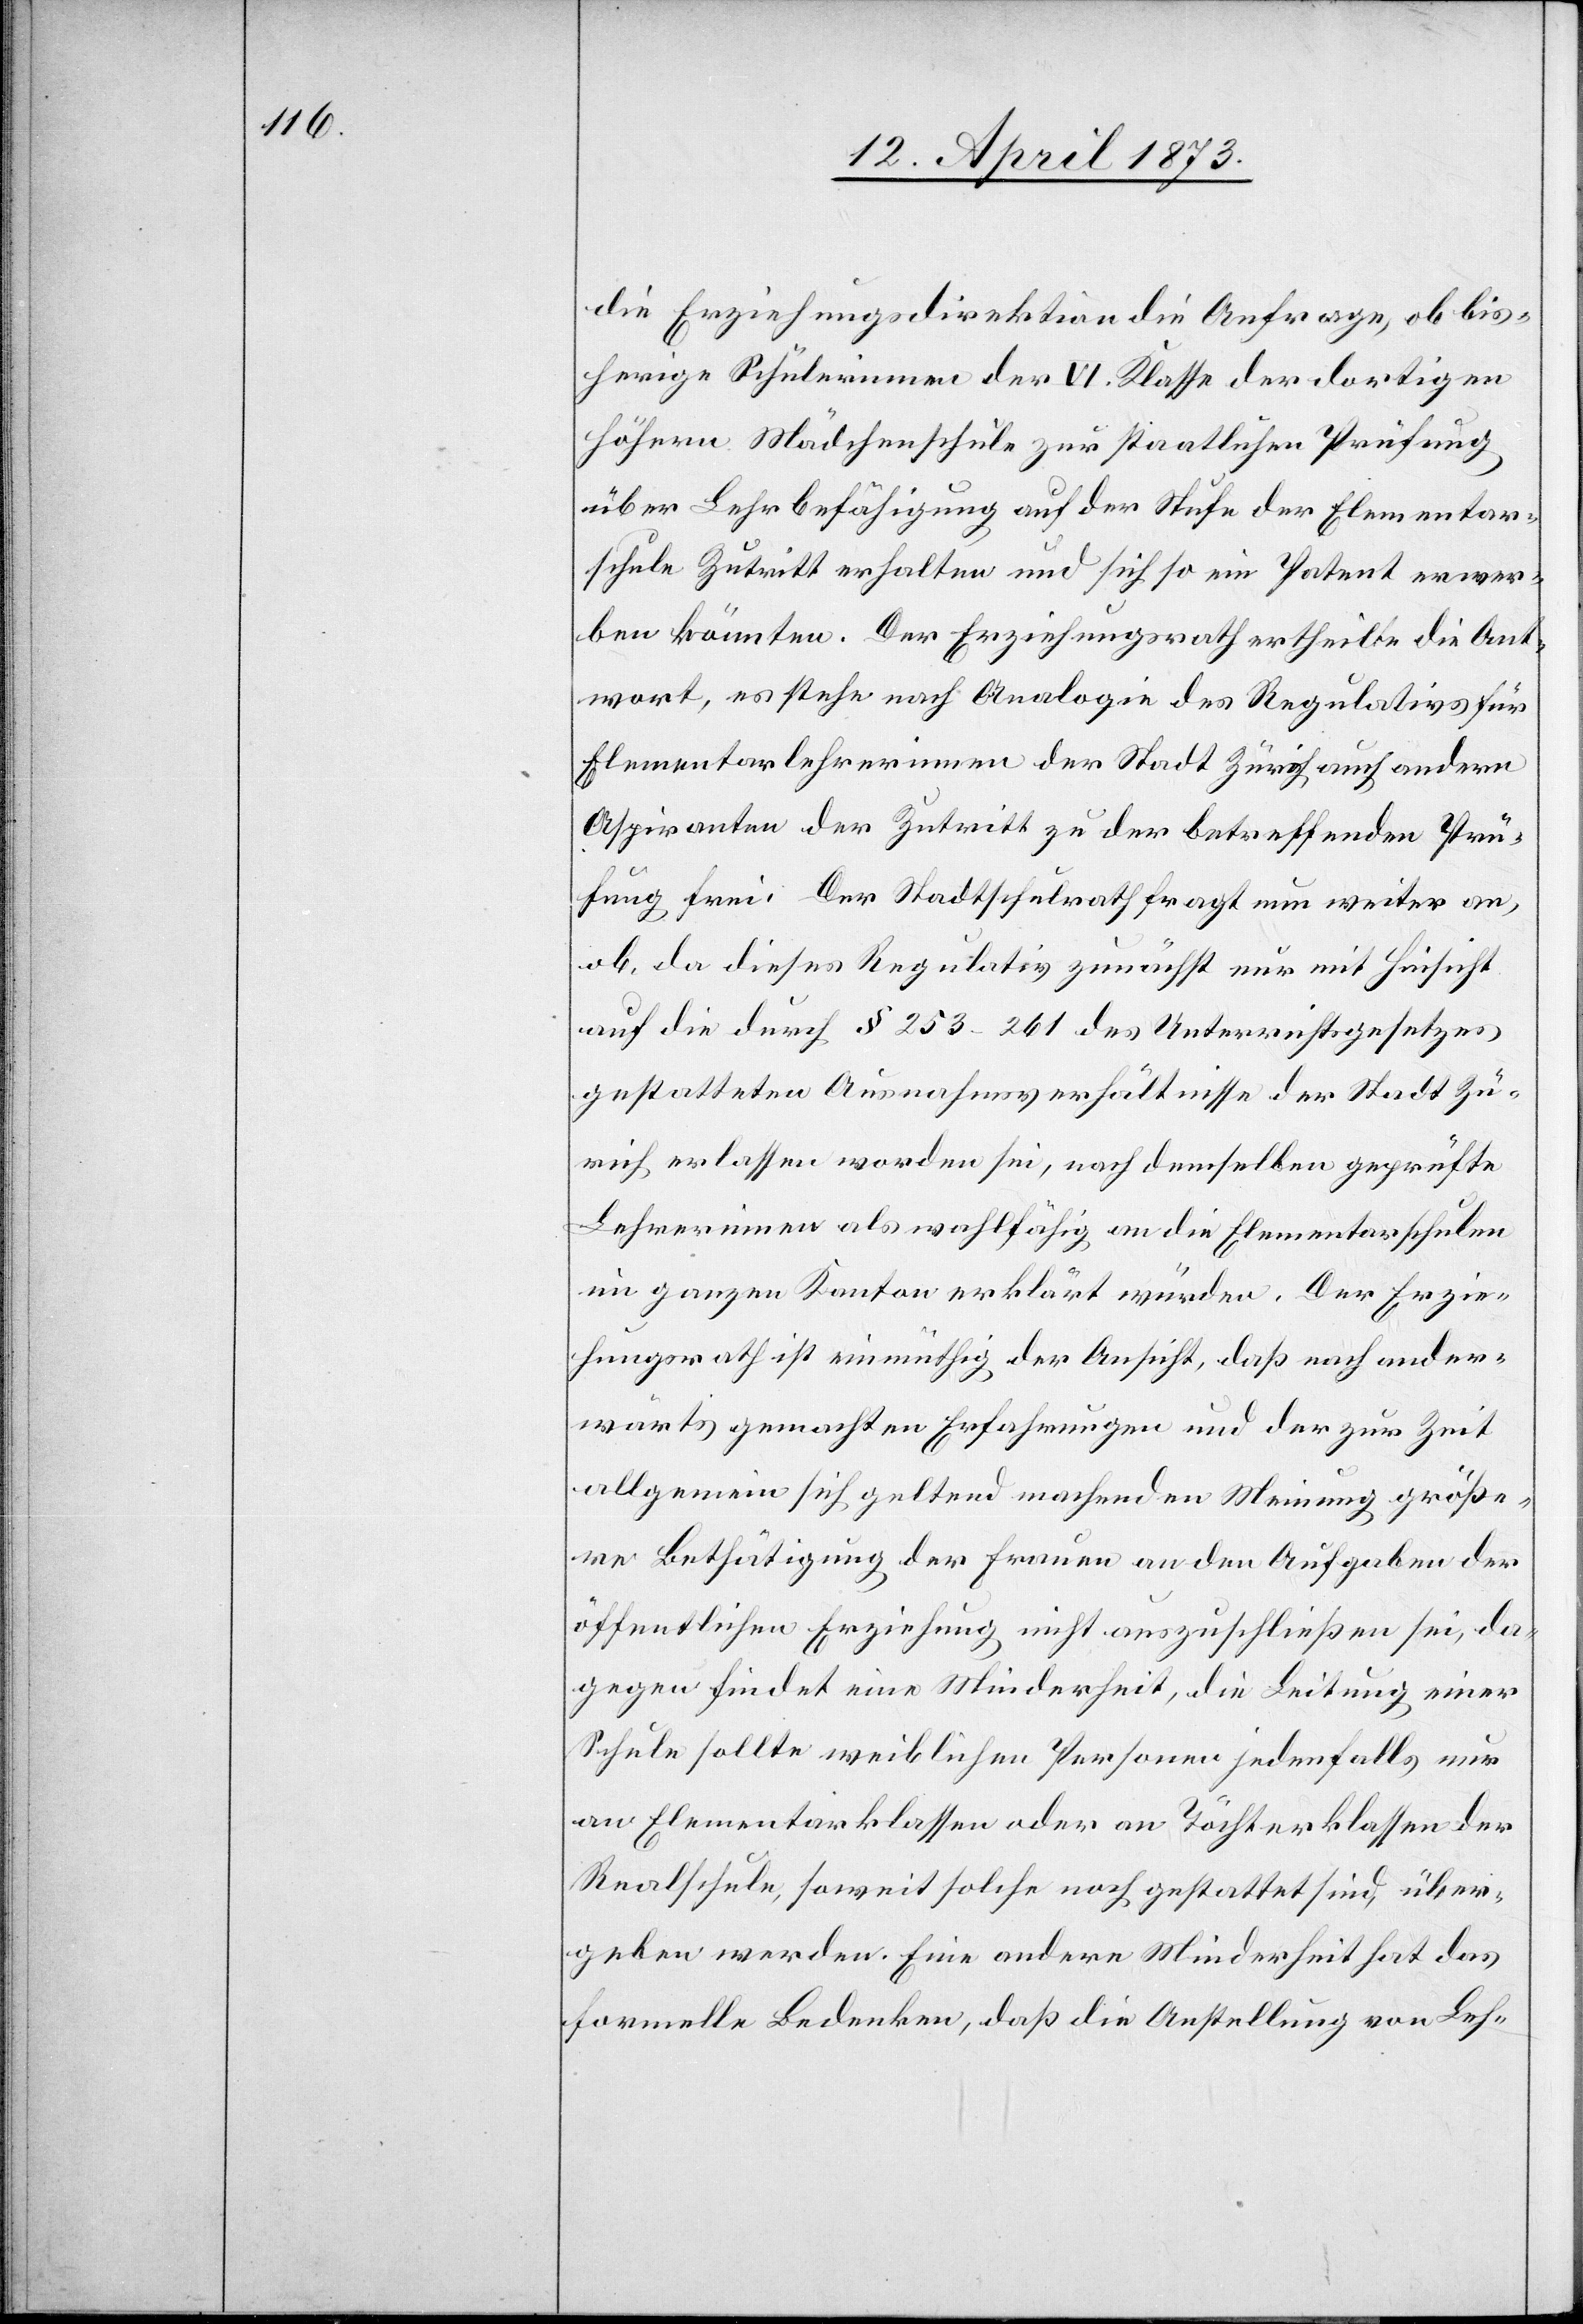
die Erziehungsdirektion die Anfrage, ob bis¬
herige Schülerinnen der VI. Klasse der dortigen
höhern Mädchenschule zur staatlichen Prüfung
über Lehrbefähigung auf der Stufe der Elementar¬
schule Zutritt erhalten und sich so ein Patent erwer¬
ben könnten. Der Erziehungsrath ertheilte die Ant¬
wort, es stehe nach Analogie des Regulativs für
Elementarlehrerinnen der Stadt Zürich auch andern
Aspiranten der Zutritt zu der betreffenden Prü¬
fung frei. Der Stadtschulrath fragt nun weiter an,
ob, da dieses Regulativ zunächst nur mit Hinsicht
auf die durch § 253–261 des Unterrichtsgesetzes
gestatteten Ausnahmeverhältnisse der Stadt Zü¬
rich erlassen worden sei, nach demselben geprüfte
Lehrerinnen als wahlfähig an die Elementarschulen
im ganzen Kanton erklärt würden. Der Erzie¬
hungsrath ist einmüthig der Ansicht, daß nach ander¬
wärts gemachten Erfahrungen und der zur Zeit
allgemein sich geltend machenden Meinung größe¬
re Bethätigung der Frauen an den Aufgaben der
öffentlichen Erziehung nicht auszuschließen sei, da¬
gegen findet eine Minderheit, die Leitung einer
Schule sollte weiblichen Personen jedenfalls nur
an Elementarklassen oder an Töchterklassen der
Realschule, soweit solche noch gestattet sind, über¬
geben werden. Eine andere Minderheit hat das
formelle Bedenken, daß die Anstellung von Leh-